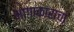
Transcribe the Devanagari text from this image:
भागाकाराचा